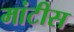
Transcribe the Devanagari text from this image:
मांटीस